DOW-UAP-D7, Mission Report, Arabian Gulf, 2020
Agency: Department of War
Page 3
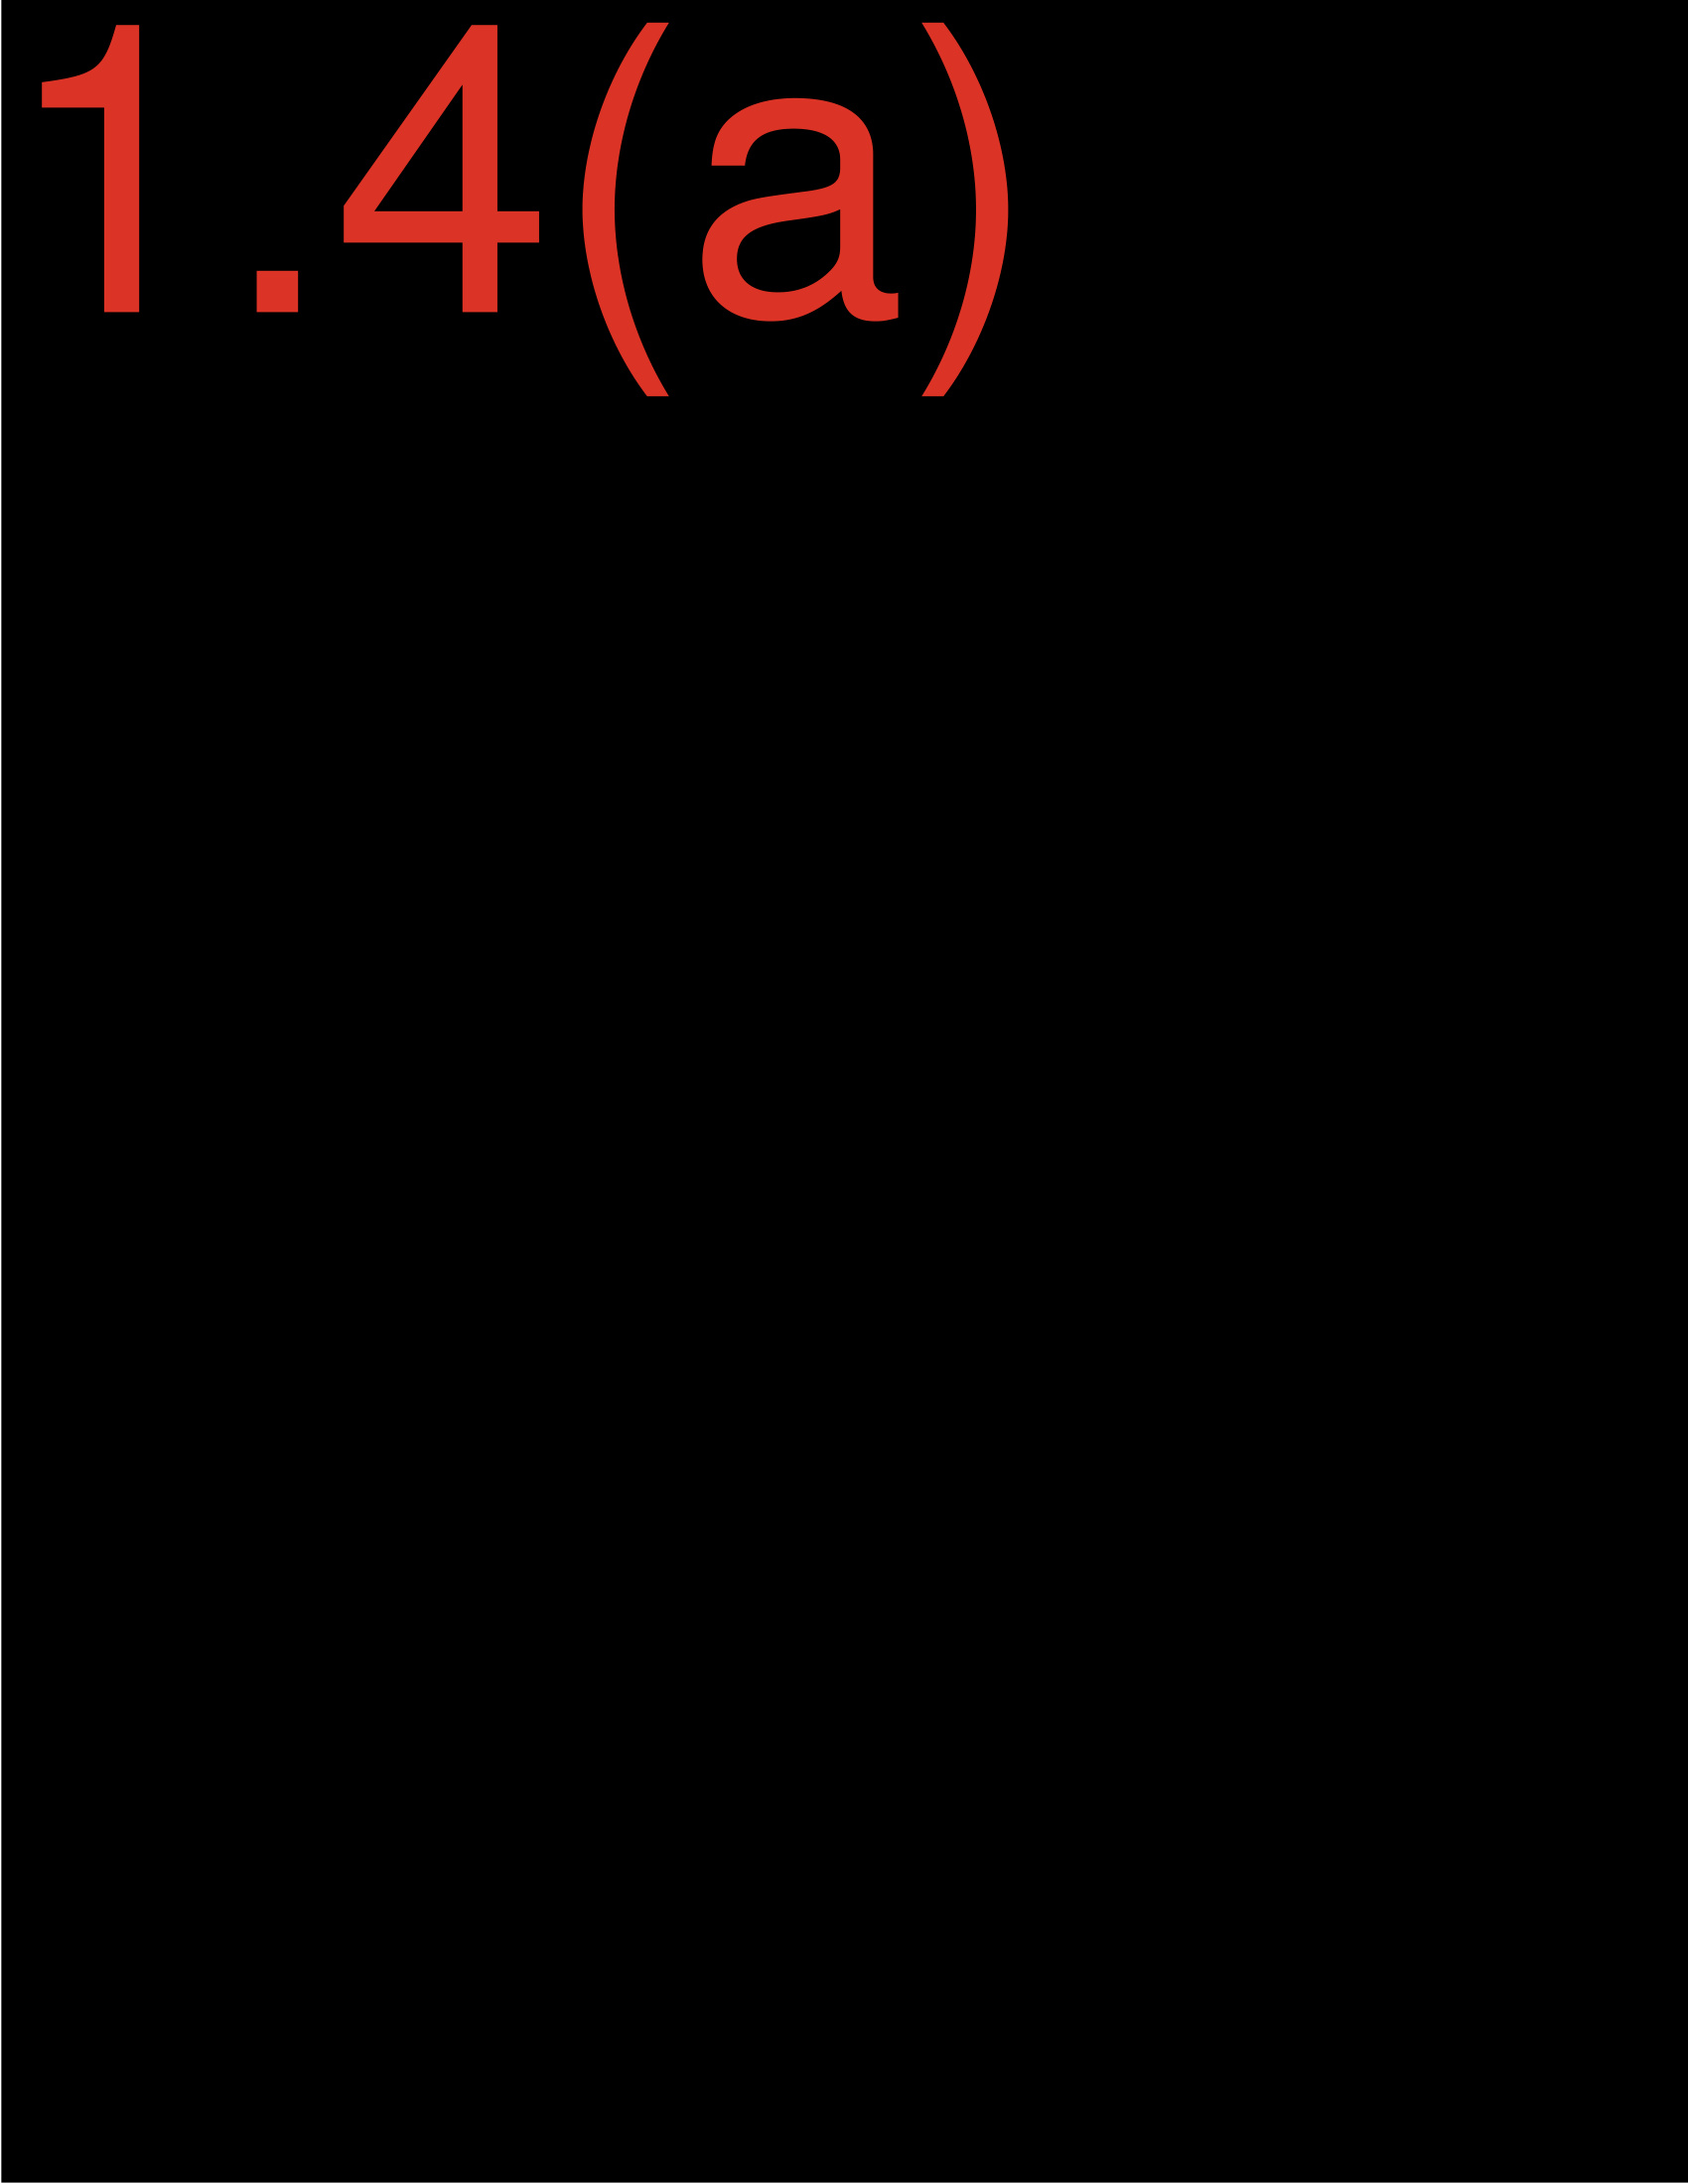